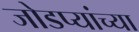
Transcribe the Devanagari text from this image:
जोडप्यांच्या